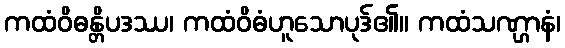
ကထံဝိဓန္တိပဒဿ၊ ကထံဝိဓံဟူသောပုဒ်၏။ ကထံသဏ္ဌာနံ၊